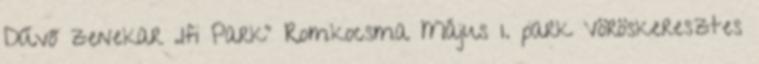
Dűvő zenekar „Ifi Park” Romkocsma Május 1. park Vöröskeresztes